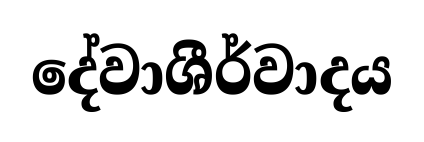
දේවාශීර්වාදය